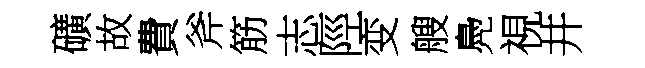
礦故費斧筋志陘变艘鳧視井